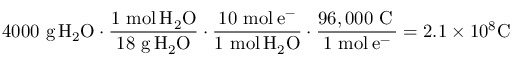
4 0 0 0 \ { \mathrm { g } } \, \mathrm { { { H } _ { 2 } \mathrm { { { O } \cdot { \frac { 1 \ { \mathrm { m o l } } \, \mathrm { { { H } _ { 2 } \mathrm { { O } } } } } { 1 8 \ { \mathrm { g } } \, H _ { 2 } O } } \cdot { \frac { 1 0 \ { \mathrm { m o l } } \, e ^ { - } } { 1 \ { \mathrm { m o l } } \, H _ { 2 } O } } \cdot { \frac { 9 6 , 0 0 0 \ { \mathrm { C } } \, } { 1 \ { \mathrm { m o l } } \, e ^ { - } } } = 2 . 1 \times 1 0 ^ { 8 } C \ \, \ } } } }